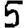
Digit: 5